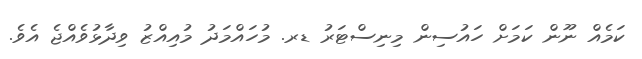
ކަމެއް ނޫން ކަމަށް ހައުސިން މިނިސްޓަރު ޑރ. މުހައްމަދު މުއިއްޒު ވިދާޅުވެއްޖެ އެވެ.